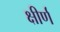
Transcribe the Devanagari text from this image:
क्षीर्ण